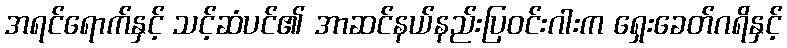
အရင်ရောက်နှင့် သင့်ဆံပင်၏ အာဆင်နယ်နည်းပြဝင်းဂါးက ရှေးခေတ်ဂရိနှင့်